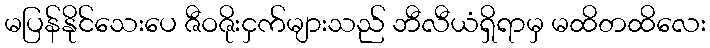
မပြန်နိုင်သေးပေ ဇီဝဇိုးငှက်များသည် ဘီလီယံရှိရာမှ မထိတထိလေး